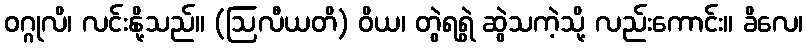
ဝဂ္ဂုလိ၊ လင်းနို့သည်။ (ဩလီယတိ) ဝိယ၊ တွဲရရွဲ ဆွဲသကဲ့သို့ လည်းကောင်း။ ခိလေ၊